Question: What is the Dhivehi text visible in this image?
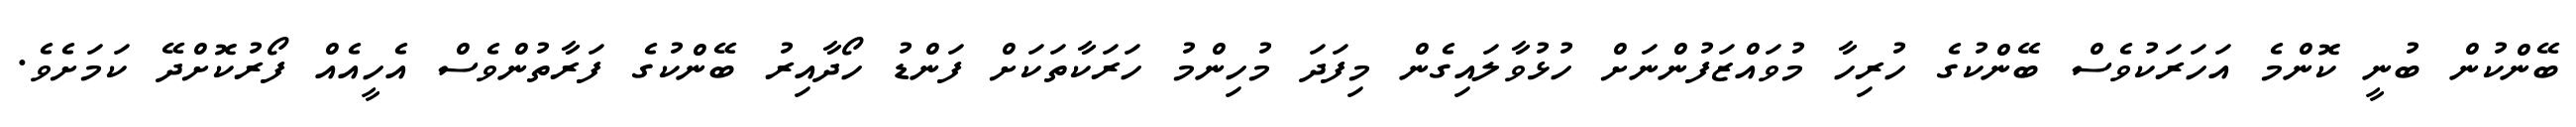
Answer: ބޭންކުން ބުނީ ކޮންމެ އަހަރަކުވެސް ބޭންކުގެ ހުރިހާ މުވައްޒަފުންނަށް ހުޅުވާލައިގެން މިފަދަ މުހިންމު ހަރަކާތަކަށް ފަންޑު ހޯދާއިރު ބޭންކުގެ ފަރާތުންވެސް އެހީއެއް ފޯރުކޮށްދޭ ކަމަށެވެ.